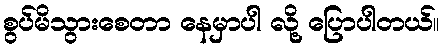
စွပ်မိသွားစေတာ နေမှာပါ လို့ ပြောပါတယ်။